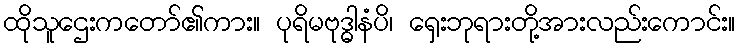
ထိုသူဌေးကတော်၏ကား။ ပုရိမဗုဒ္ဓါနံပိ၊ ရှေးဘုရားတို့အားလည်းကောင်း။